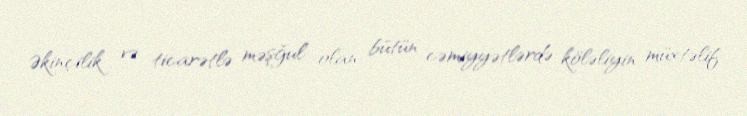
Əkinçilik və ticarətlə məşğul olan bütün cəmiyyətlərdə köləliyin müxtəlif